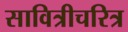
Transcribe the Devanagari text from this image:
सावित्रीचरित्र